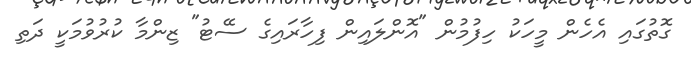
ގޮތުގައި އެހެން މީހަކު ހިފުމުން "އޮންލައިން ފިހާރައިގެ ސޭޓު" ޒިންމާ ކުރުވުމަކީ ދަތި